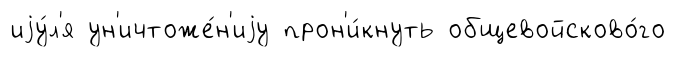
иjу́л'я ун'ичтоже́н'иjу прон'и́кнуть общевойсково́го